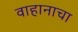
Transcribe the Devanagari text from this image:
वाहानाचा